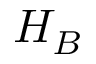
H _ { B }